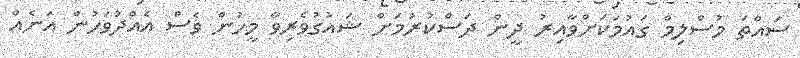
ސައްތަ މުސްލިމް ގައުމަކަށްވާއިރު ދީން ދަސްކުރުމަށް ޝައުގުވެރިވާ މީހުން ވެސް އެއްދުވަހުން އަނެއް